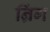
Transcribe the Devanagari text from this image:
न्रिंग